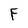
Character: F